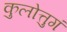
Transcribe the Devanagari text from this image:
कुलोत्तुगं